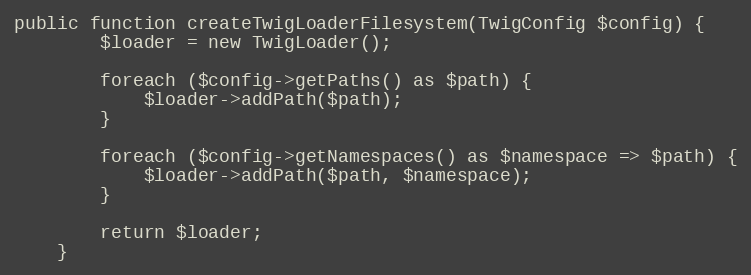
Language: PHP
public function createTwigLoaderFilesystem(TwigConfig $config) {
        $loader = new TwigLoader();

        foreach ($config->getPaths() as $path) {
            $loader->addPath($path);
        }

        foreach ($config->getNamespaces() as $namespace => $path) {
            $loader->addPath($path, $namespace);
        }

        return $loader;
    }